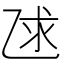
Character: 𫡨